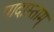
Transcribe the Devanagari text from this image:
पादास्ताम्